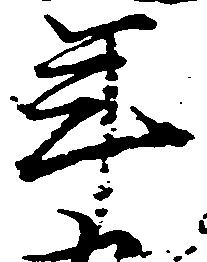
年